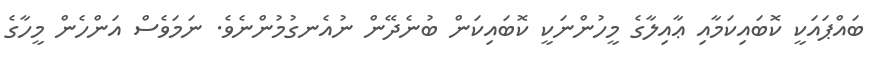
ބައްޕައަކީ ކޮބައިކަމާއި ޢާއިލާގެ މީހުންނަކީ ކޮބައިކަން ބުނެދޭން ނުއެނގުމުންނެވެ. ނަމަވެސް އަންހެން މީހާގެ